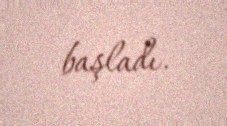
başladı.